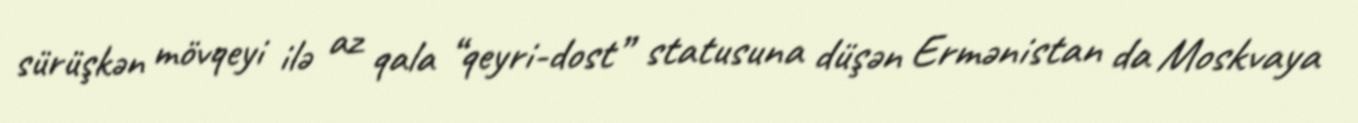
sürüşkən mövqeyi ilə az qala “qeyri-dost” statusuna düşən Ermənistan da Moskvaya